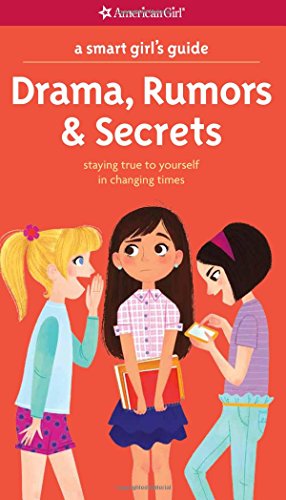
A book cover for A Smart Girl's Guide: Drama, Rumors & Secrets: Staying True to Yourself in Changing Times (Smart Girl's Guides); Nancy Holyoke; Teen & Young Adult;